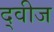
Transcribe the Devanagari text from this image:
द्वीज